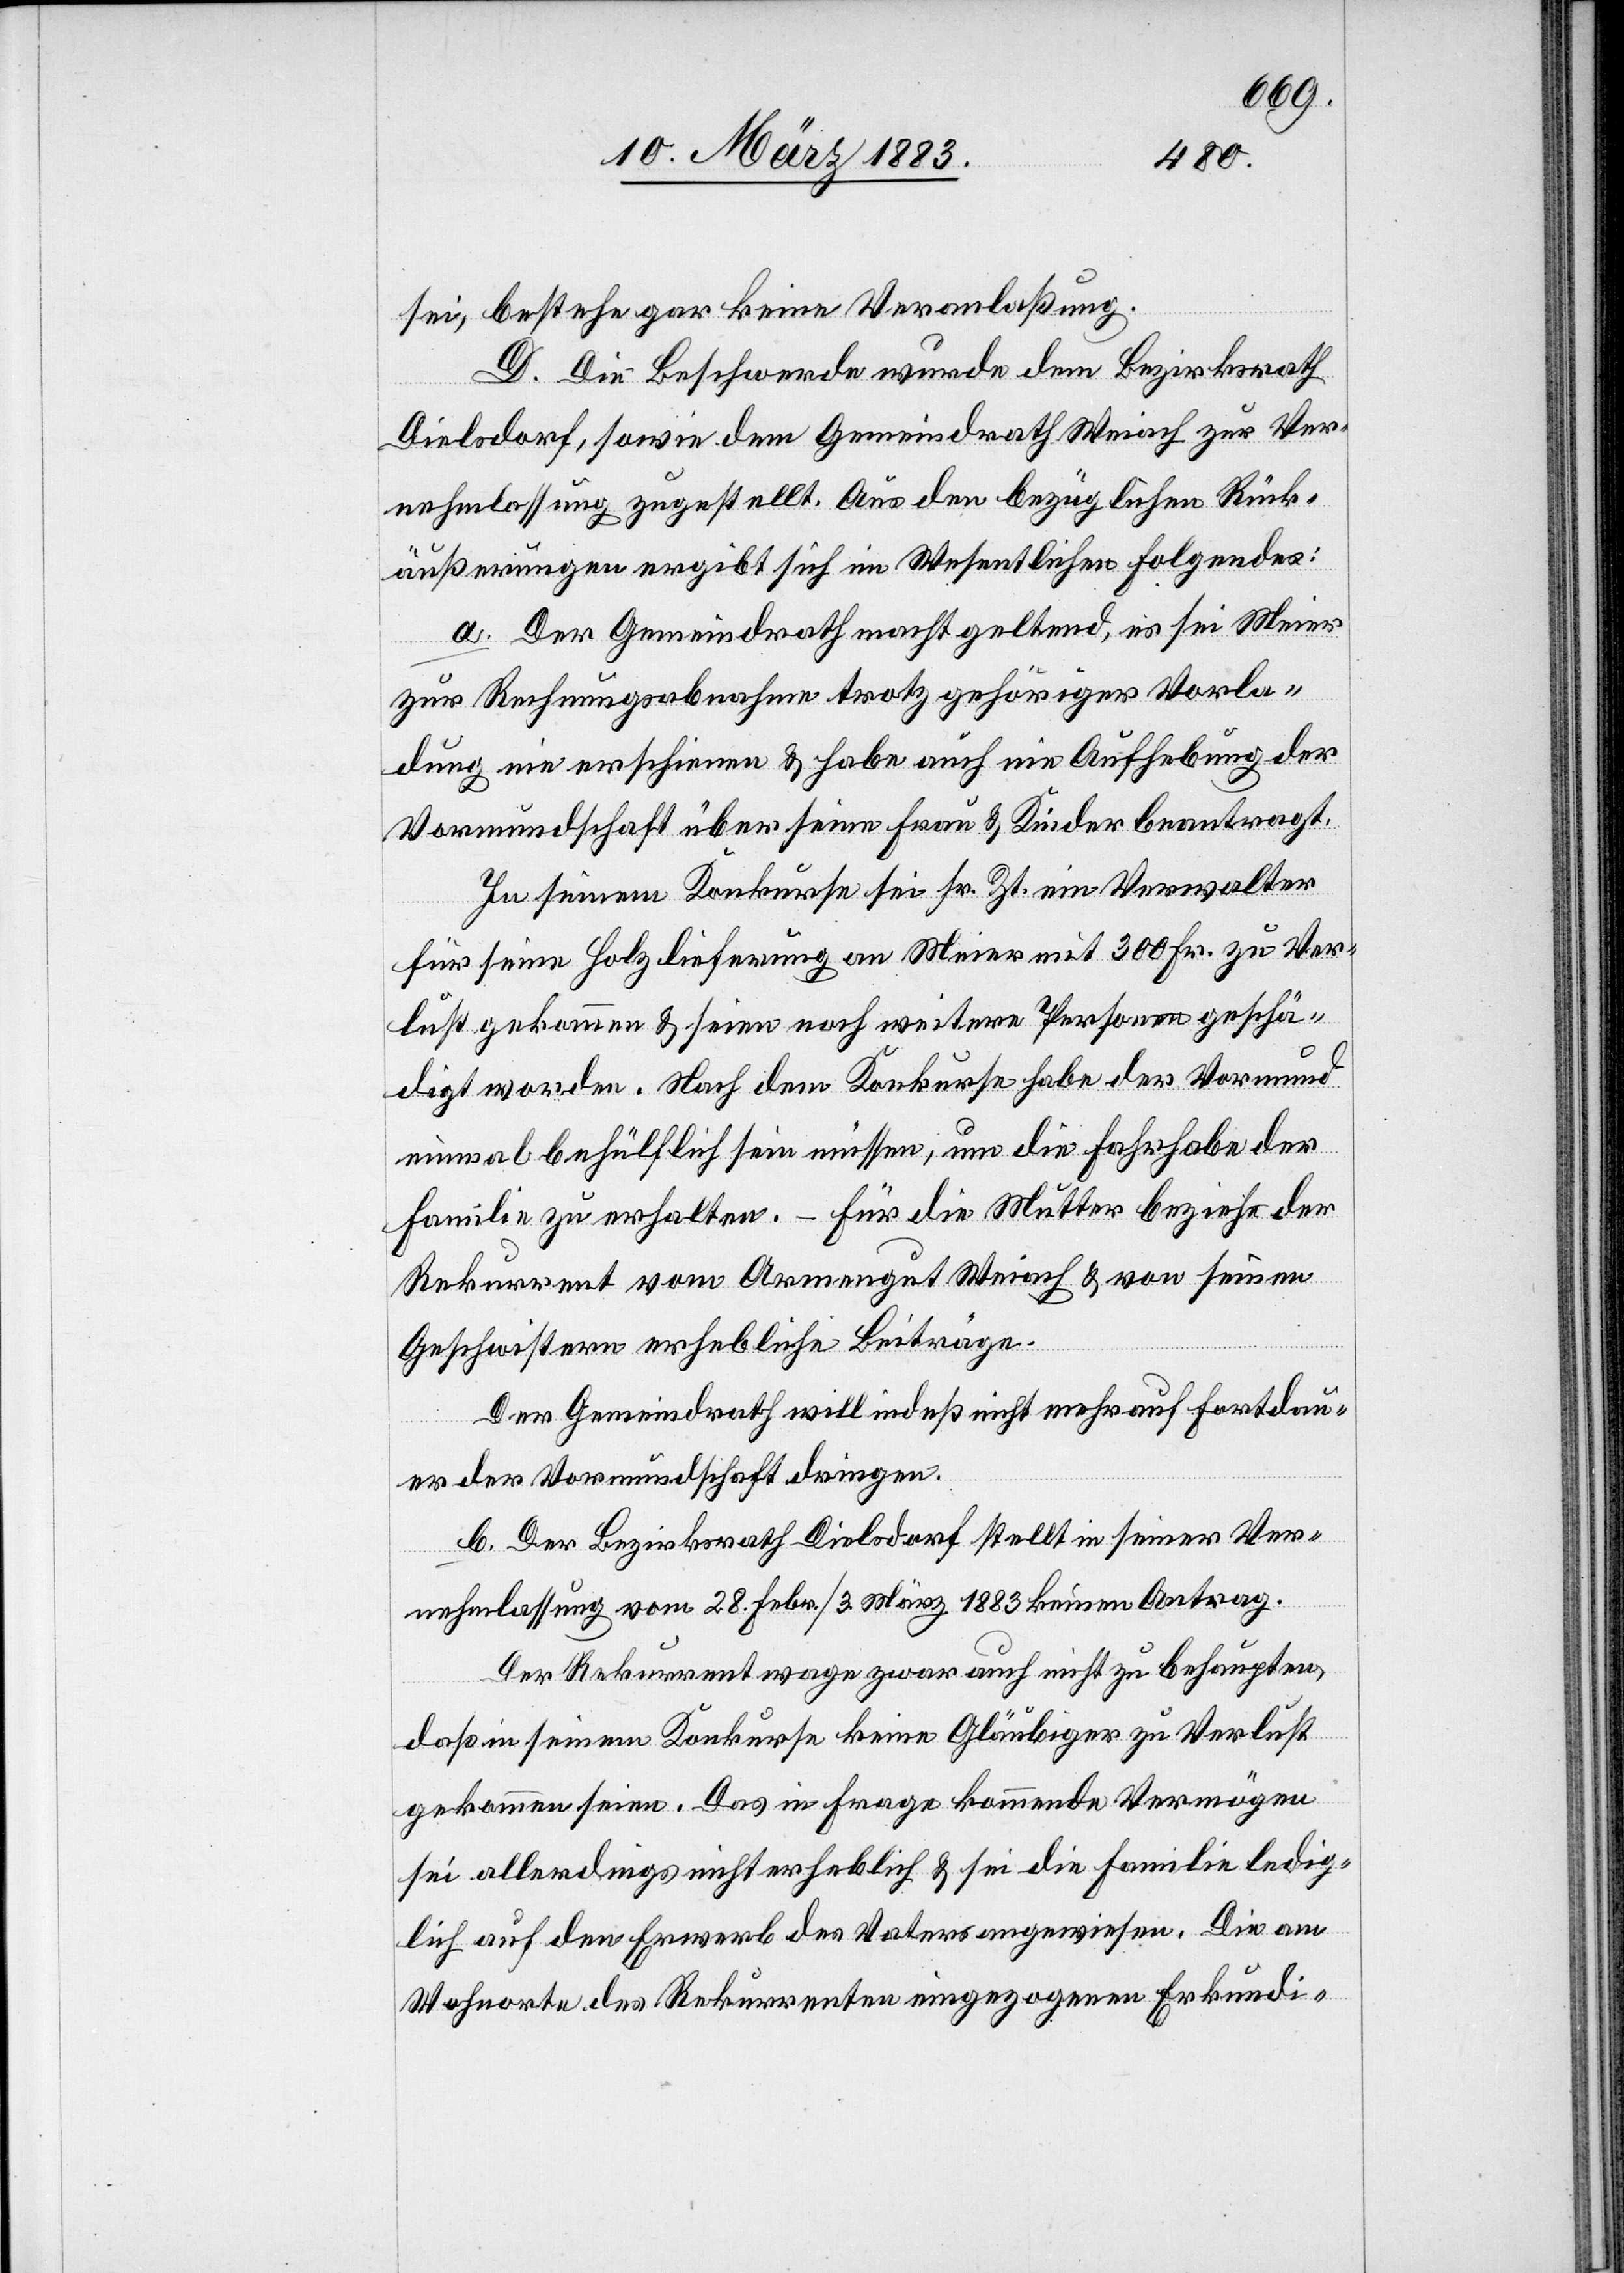
tragen.